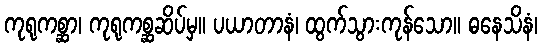
ကုရုကစ္ဆာ၊ ကုရုကစ္ဆဆိပ်မှ။ ပယာတာနံ၊ ထွက်သွားကုန်သော။ ဓနေသိနံ၊